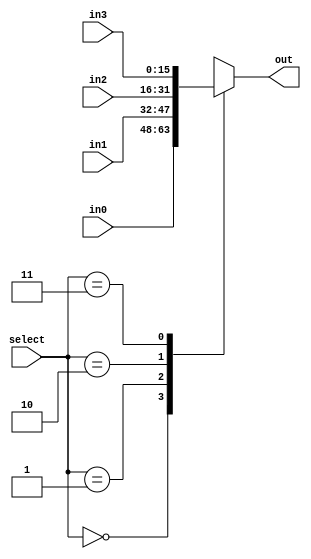
module MUX4x1 #(
    parameter   DATA_WIDTH = 16
) (
    input   wire    [1:0]               select,
    input   wire    [DATA_WIDTH-1:0]    in0,
    input   wire    [DATA_WIDTH-1:0]    in1,
    input   wire    [DATA_WIDTH-1:0]    in2,
    input   wire    [DATA_WIDTH-1:0]    in3,
    output  reg     [DATA_WIDTH-1:0]    out
);

always @(*) begin
    case (select)
        2'b00:  out = in0;
        2'b01:  out = in1;
        2'b10:  out = in2;
        2'b11:  out = in3; 
    endcase
end
    
endmodule